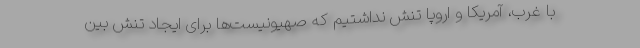
با غرب، آمریکا و اروپا تنش نداشتیم که صهیونیست‌ها برای ایجاد تنش بین